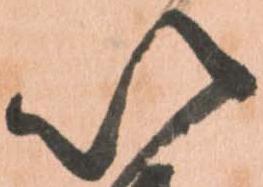
以